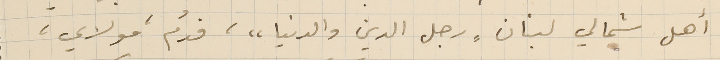
أهل شمالي لبنان "رجل الدين والدنيا"، فدُم مولاي،